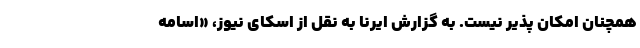
همچنان امکان پذیر نیست. به گزارش ایرنا به نقل از اسکای نیوز، «اسامه